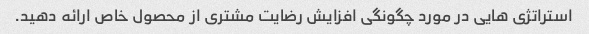
استراتژی هایی در مورد چگونگی افزایش رضایت مشتری از محصول خاص ارائه دهید.